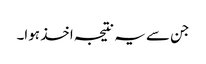
جن سے یہ نتیجہ اخذ ہوا۔